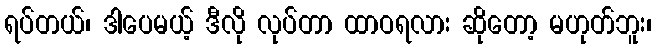
ရပ်တယ်၊ ဒါပေမယ့် ဒီလို လုပ်တာ ထာဝရလား ဆိုတော့ မဟုတ်ဘူး၊